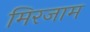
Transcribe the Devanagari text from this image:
मिरजाम